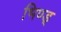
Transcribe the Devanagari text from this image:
भिण्ड्